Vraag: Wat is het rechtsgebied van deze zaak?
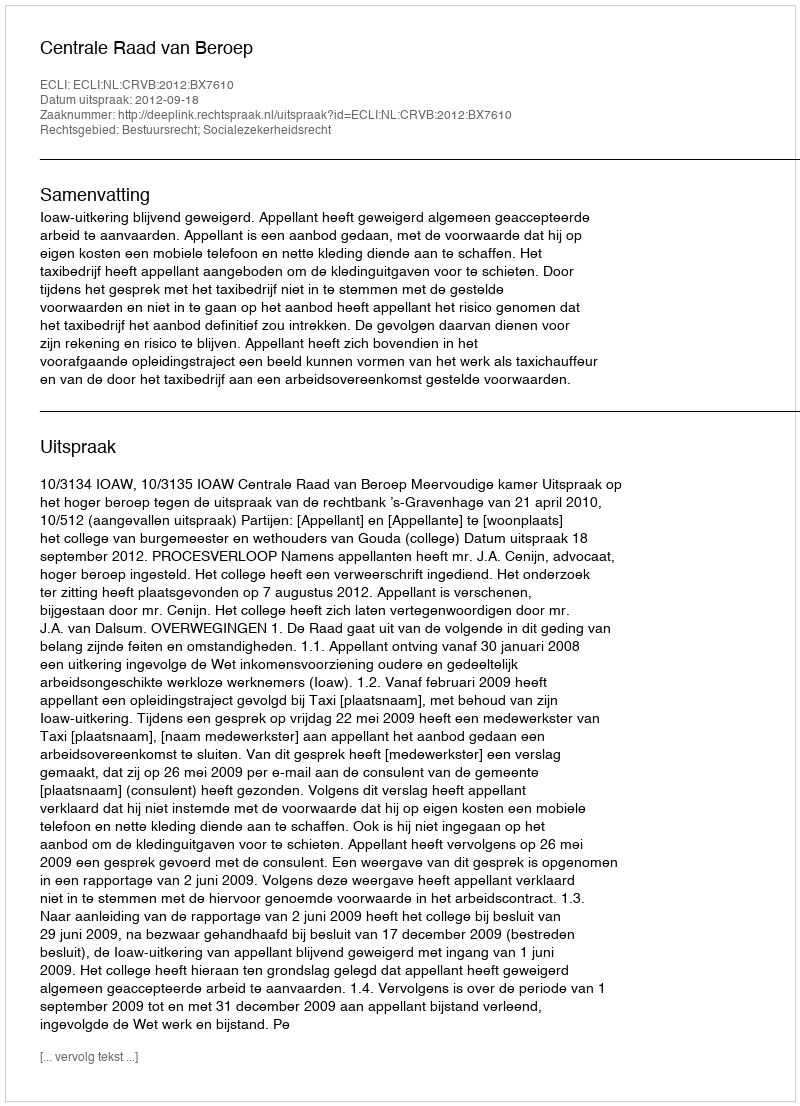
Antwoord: Bestuursrecht; Socialezekerheidsrecht